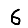
Digit: 6